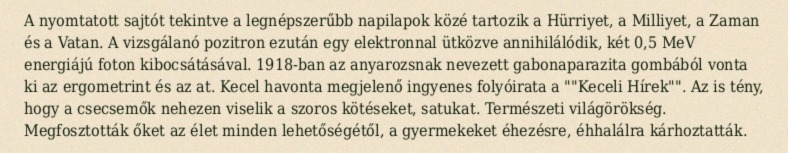
A nyomtatott sajtót tekintve a legnépszerűbb napilapok közé tartozik a Hürriyet, a Milliyet, a Zaman és a Vatan. A vizsgálanó pozitron ezután egy elektronnal ütközve annihilálódik, két 0,5 MeV energiájú foton kibocsátásával. 1918-ban az anyarozsnak nevezett gabonaparazita gombából vonta ki az ergometrint és az at. Kecel havonta megjelenő ingyenes folyóirata a ""Keceli Hírek"". Az is tény, hogy a csecsemők nehezen viselik a szoros kötéseket, satukat. Természeti világörökség. Megfosztották őket az élet minden lehetőségétől, a gyermekeket éhezésre, éhhalálra kárhoztatták.